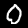
Label: 0